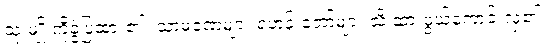
သုံးမျိုးကိုခွဲပြထား၏။ သာမဏေများ ရဟန်းတော်များ သိ ထားဖွယ်ကောင်းလှ၏။